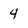
Character: 4